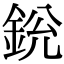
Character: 𨦣